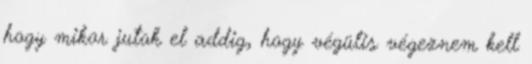
hogy mikor jutok el addig, hogy végülis végeznem kell